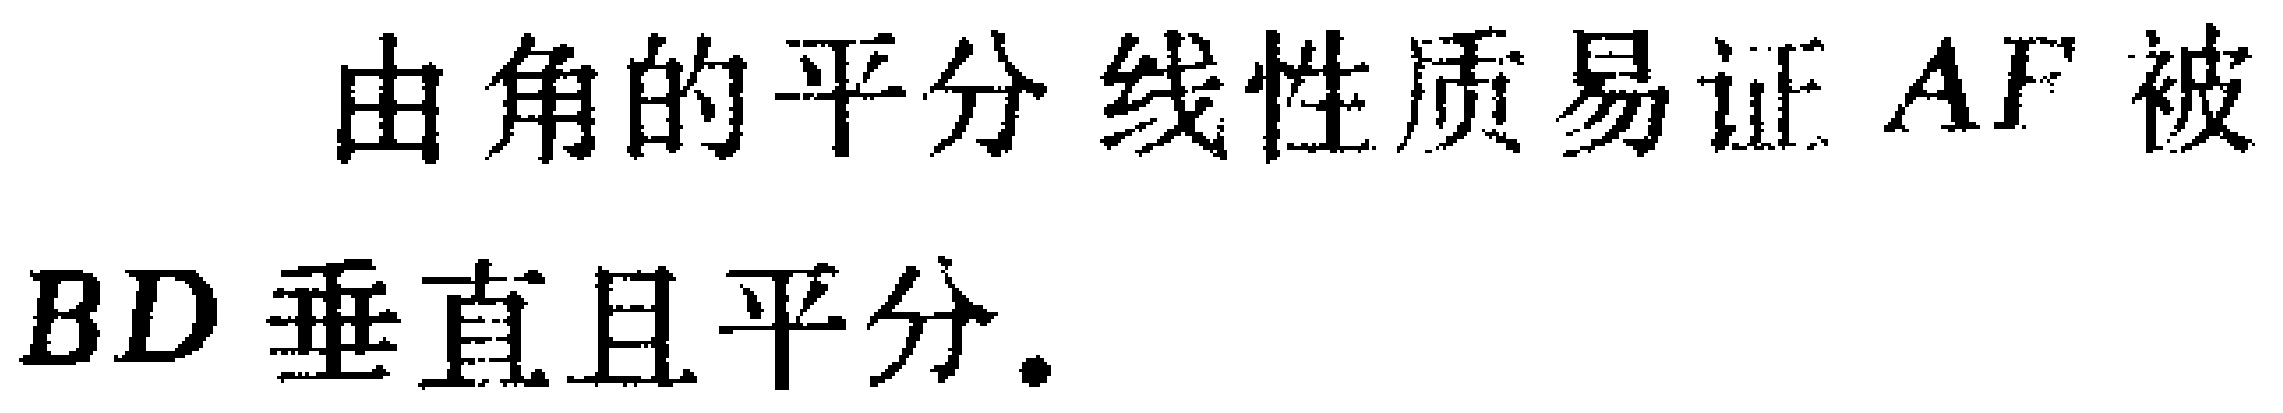
由角的平分线性质易证 \(AF\) 被 \(BD\) 垂直且平分.